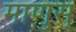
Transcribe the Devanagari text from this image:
माणुस्